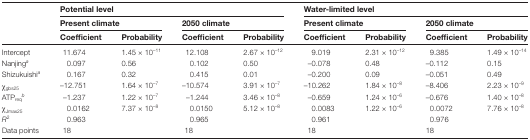
<table><thead><tr><td rowspan="3"></td><td colspan="4"><b>Potential level</b></td><td colspan="4"><b>Water-limited level</b></td></tr><tr><td colspan="2"><b>Present climate</b></td><td colspan="2"><b>2050 climate</b></td><td colspan="2"><b>Present climate</b></td><td colspan="2"><b>2050 climate</b></td></tr><tr><td><b>Coefficient</b></td><td><b>Probability</b></td><td><b>Coefficient</b></td><td><b>Probability</b></td><td><b>Coefficient</b></td><td><b>Probability</b></td><td><b>Coefficient</b></td><td><b>Probability</b></td></tr></thead><tbody><tr><td>Intercept</td><td>11.674</td><td>1.45 × 10<sup>–11</sup></td><td>12.108</td><td>2.67 × 10<sup>–12</sup></td><td>9.019</td><td>2.31 × 10<sup>–12</sup></td><td>9.385</td><td>1.49 × 10<sup>–14</sup></td></tr><tr><td>Nanjing<sup><i>a</i></sup></td><td>0.097</td><td>0.56</td><td>0.102</td><td>0.50</td><td>–0.078</td><td>0.48</td><td>–0.112</td><td>0.15</td></tr><tr><td>Shizukuishi<sup><i>a</i></sup></td><td>0.167</td><td>0.32</td><td>0.415</td><td>0.01</td><td>–0.200</td><td>0.09</td><td>–0.051</td><td>0.49</td></tr><tr><td>χ<sub>gbs25</sub></td><td>–12.751</td><td>1.64 × 10<sup>–7</sup></td><td>–10.574</td><td>3.91 × 10<sup>–7</sup></td><td>–10.262</td><td>1.84 × 10<sup>–8</sup></td><td>–8.406</td><td>2.23 × 10<sup>–9</sup></td></tr><tr><td>ATP<sub>req</sub><sup><i>b</i></sup></td><td>–1.237</td><td>1.22 × 10<sup>–7</sup></td><td>–1.244</td><td>3.46 × 10<sup>–8</sup></td><td>–0.659</td><td>1.24 × 10<sup>–6</sup></td><td>–0.676</td><td>1.40 × 10<sup>–8</sup></td></tr><tr><td>χ<sub>Jmax25</sub></td><td>0.0162</td><td>7.37 × 10<sup>–8</sup></td><td>0.0150</td><td>5.12 × 10<sup>–8</sup></td><td>0.0083</td><td>1.22 × 10<sup>–6</sup></td><td>0.0072</td><td>7.76 × 10<sup>–8</sup></td></tr><tr><td><i>R</i><sup>2</sup></td><td colspan="2">0.963</td><td colspan="2">0.965</td><td colspan="2">0.961</td><td colspan="2">0.976</td></tr><tr><td>Data points</td><td colspan="2">18</td><td colspan="2">18</td><td colspan="2">18</td><td colspan="2">18</td></tr></tbody></table>